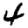
Digit: 4